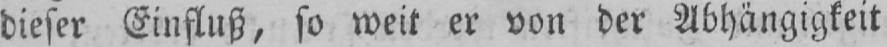
dieser Einfluß, so weit er von der Abhängigkeit